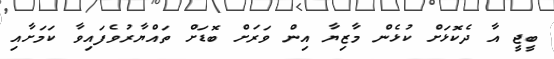
ބީޖީ އާ ދެކޮޅަށް ކުޅެން މާޒިޔާ އިން ވަރަށް ބޮޑަށް ތައްޔާރުވެފައިވާ ކަމަށާއި